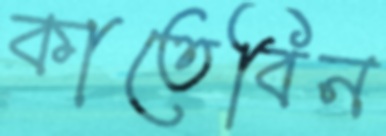
কাতেবিন